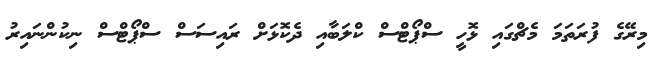
މިރޭގެ ފުރަތަމަ މެޗްގައި ޅޮހީ ސްޕޯޓްސް ކްލަބާއި ދެކޮޅަށް ރައިސަސް ސްޕޯޓްސް ނިކުންނައިރު